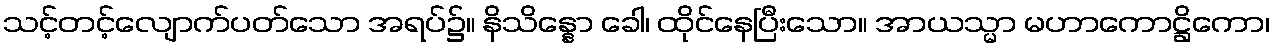
သင့်တင့်လျောက်ပတ်သော အရပ်၌။ နိသိန္နော ခေါ၊ ထိုင်နေပြီးသော။ အာယသ္မာ မဟာကောဋ္ဌိကော၊